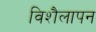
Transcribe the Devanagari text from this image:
विशैलापन